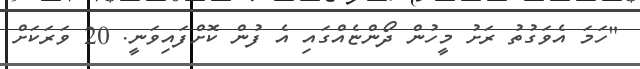
"ހަމަ އެވަގުތު ރަށު މީހުން ދޯންޏެއްގައި އެ ފުން ކޮށްފައިވަނީ. 20 ވަރަކަށް